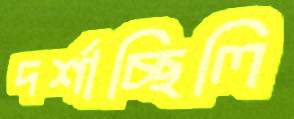
দর্শাচ্ছিলি